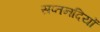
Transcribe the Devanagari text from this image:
सप्तनदियों